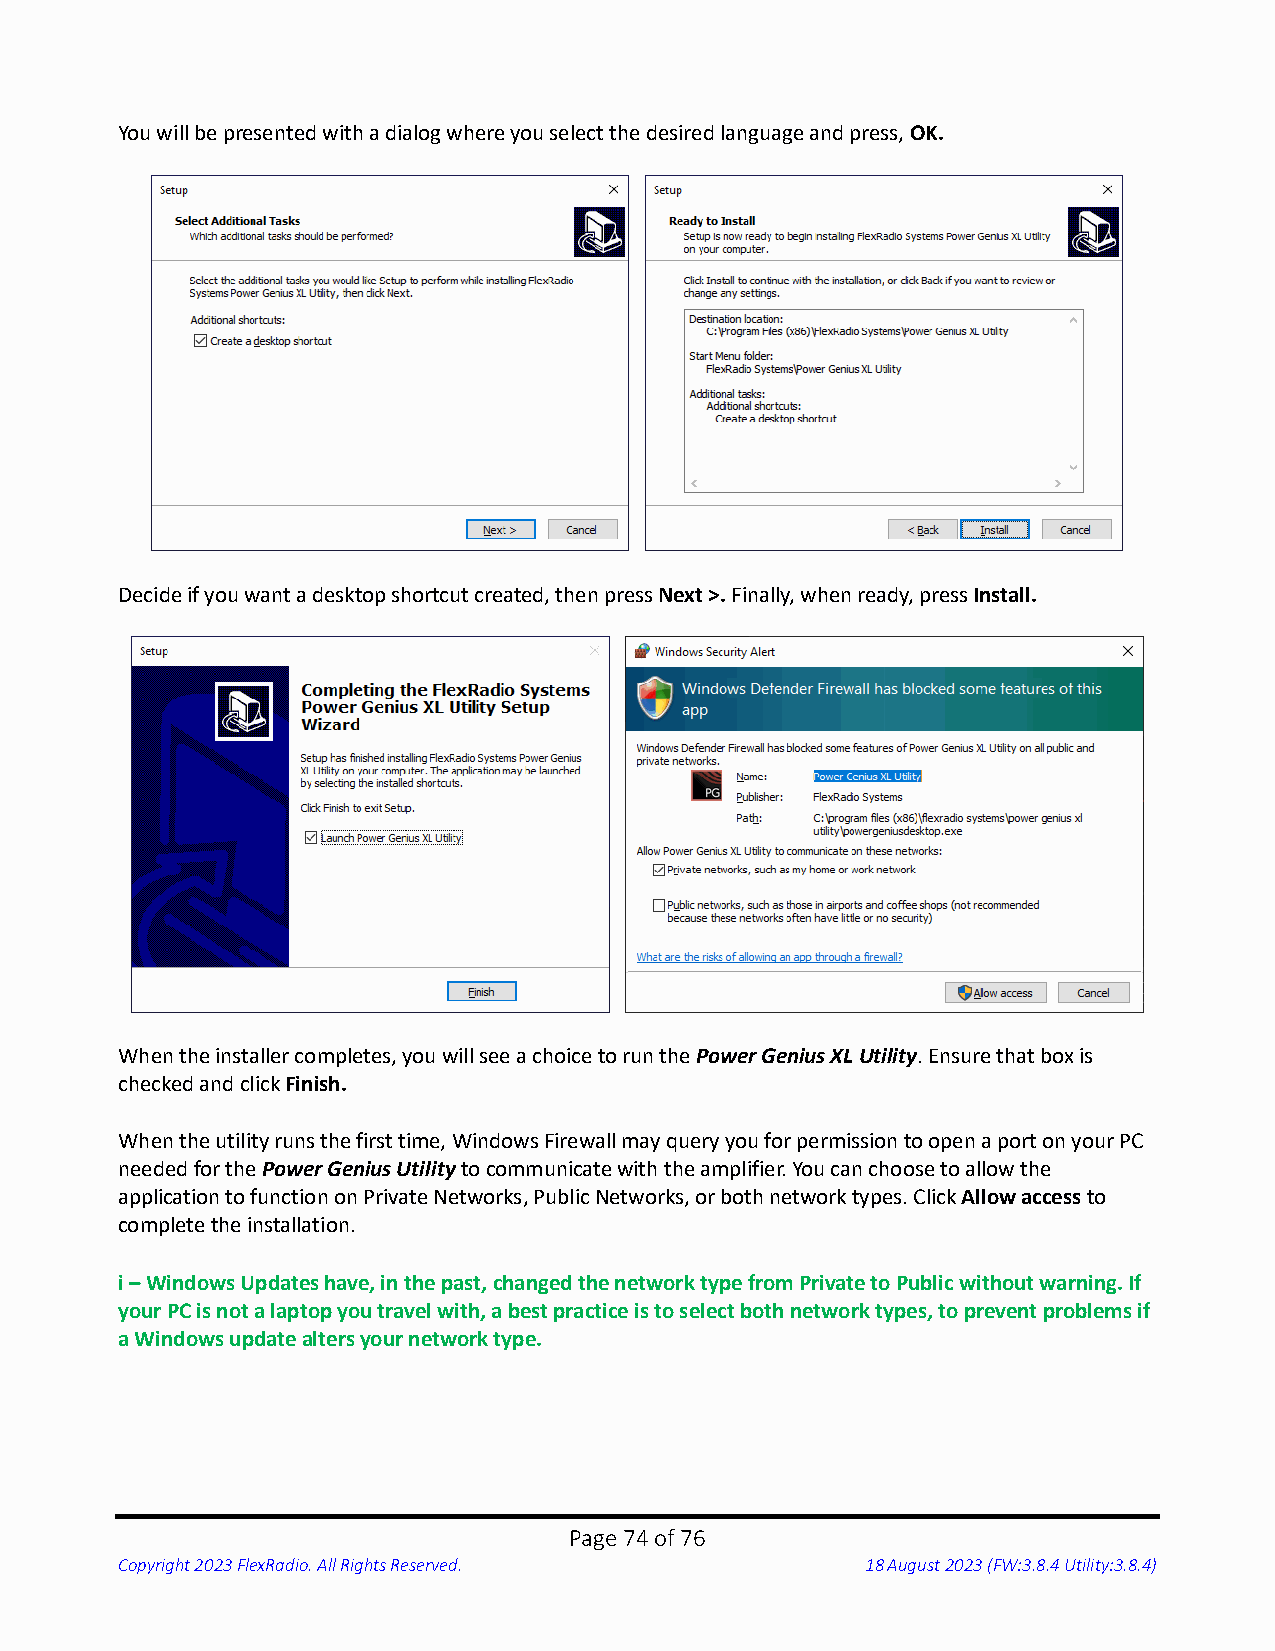
You will be presented with a dialog where you select the desired language and press, OK.
 Decide if you want a desktop shortcut created, then press Next >. Finally, when ready, press Install.
 When the installer completes, you will see a choice to run the Power Genius XL Utility. Ensure that box is
 checked and click Finish.
 When the utility runs the first time, Windows Firewall may query you for permission to open a port on your PC
 needed for the Power Genius Utility to communicate with the amplifier. You can choose to allow the
 application to function on Private Networks, Public Networks, or both network types. Click Allow access to
 complete the installation.
 i – Windows Updates have, in the past, changed the network type from Private to Public without warning. If
 your PC is not a laptop you travel with, a best practice is to select both network types, to prevent problems if
 a Windows update alters your network type.
 Page 74 of 76
 Copyright 2023 FlexRadio. All Rights Reserved.   18 August 2023 (FW:3.8.4 Utility:3.8.4)